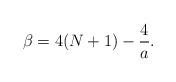
LaTeX: \begin{align*}\beta=4(N+1)-\frac{4}{a}.\end{align*}